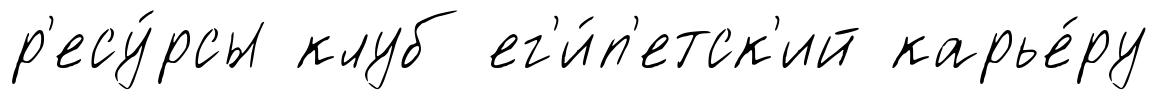
р'есу́рсы клуб ег'и́п'етск'ий карье́ру